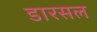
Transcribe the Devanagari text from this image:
डारसल